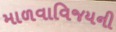
માળવાવિજયની